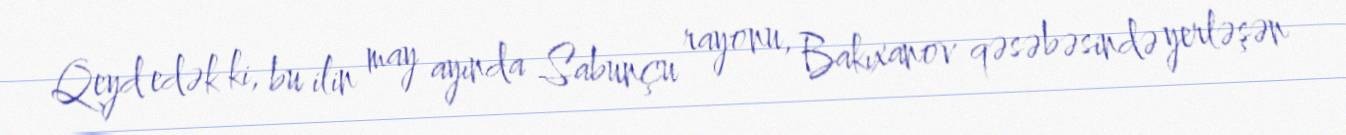
Qeyd edək ki, bu ilin may ayında Sabunçu rayonu, Bakıxanov qəsəbəsində yerləşən